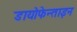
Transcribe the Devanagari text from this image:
डायोफेन्ताइन